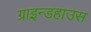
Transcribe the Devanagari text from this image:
ग्राइन्डहाउस